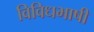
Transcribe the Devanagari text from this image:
विविधभाषी